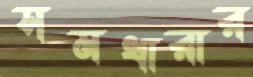
সমধারার